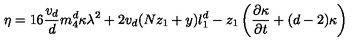
\eta = 1 6 \frac { v _ { d } } { d } m _ { 4 } ^ { d } \kappa \lambda ^ { 2 } + 2 v _ { d } ( N z _ { 1 } + y ) l _ { 1 } ^ { d } - z _ { 1 } \left( \frac { \partial { \kappa } } { \partial { t } } + ( d - 2 ) \kappa \right)